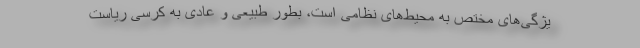
یژگی‌های مختص به محیط‌های نظامی است، بطور طبیعی و عادی به کرسی ریاست